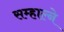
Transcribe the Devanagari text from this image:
सम्हाल्ने